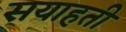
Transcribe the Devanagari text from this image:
सयाहती